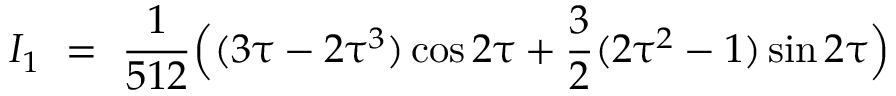
I _ { 1 } \ = \ \frac { 1 } { 5 1 2 } \Big ( ( 3 \uptau - 2 \uptau ^ { 3 } ) \cos 2 \uptau + \frac { 3 } { 2 } ( 2 \uptau ^ { 2 } - 1 ) \sin 2 \uptau \Big )